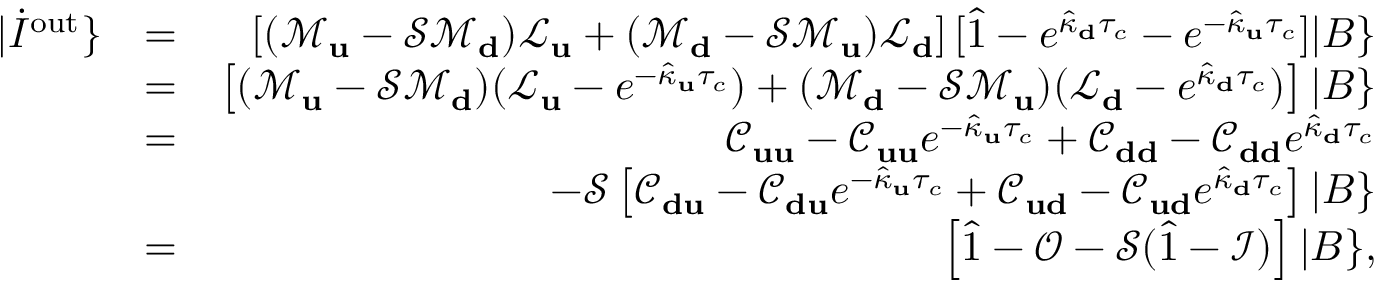
\begin{array} { r l r } { | \dot { I } ^ { \mathrm { o u t } } \} } & { = } & { \left[ ( \mathcal { M } _ { \bf u } - \mathcal { S } \mathcal { M } _ { \bf d } ) \mathcal { L } _ { \bf u } + ( \mathcal { M } _ { \bf d } - \mathcal { S } \mathcal { M } _ { \bf u } ) \mathcal { L } _ { \bf d } \right] [ \hat { 1 } - e ^ { \hat { \kappa } _ { \bf d } \tau _ { c } } - e ^ { - \hat { \kappa } _ { \bf u } \tau _ { c } } ] | B \} } \\ & { = } & { \left[ ( \mathcal { M } _ { \bf u } - \mathcal { S } \mathcal { M } _ { \bf d } ) ( \mathcal { L } _ { \bf u } - e ^ { - \hat { \kappa } _ { \bf u } \tau _ { c } } ) + ( \mathcal { M } _ { \bf d } - \mathcal { S } \mathcal { M } _ { \bf u } ) ( \mathcal { L } _ { \bf d } - e ^ { \hat { \kappa } _ { \bf d } \tau _ { c } } ) \right] | B \} } \\ & { = } & { \mathcal { C } _ { \bf u u } - \mathcal { C } _ { \bf u u } e ^ { - \hat { \kappa } _ { \bf u } \tau _ { c } } + \mathcal { C } _ { \bf d d } - \mathcal { C } _ { \bf d d } e ^ { \hat { \kappa } _ { \bf d } \tau _ { c } } } \\ & { } & { - \mathcal { S } \left[ \mathcal { C } _ { \bf d u } - \mathcal { C } _ { \bf d u } e ^ { - \hat { \kappa } _ { \bf u } \tau _ { c } } + \mathcal { C } _ { \bf u d } - \mathcal { C } _ { \bf u d } e ^ { \hat { \kappa } _ { \bf d } \tau _ { c } } \right] | B \} } \\ & { = } & { \left[ \hat { 1 } - \mathcal { O } - \mathcal { S } ( \hat { 1 } - \mathcal { I } ) \right] | B \} , } \end{array}